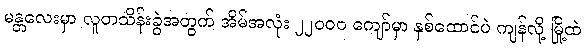
မန္တလေးမှာ လူတသိန်းခွဲအတွက် အိမ်အလုံး ၂၂၀၀၀ ကျော်မှာ နှစ်ထောင်ပဲ ကျန်လို့ မြို့ထဲ